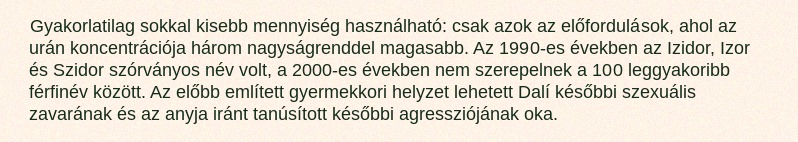
Gyakorlatilag sokkal kisebb mennyiség használható: csak azok az előfordulások, ahol az urán koncentrációja három nagyságrenddel magasabb. Az 1990-es években az Izidor, Izor és Szidor szórványos név volt, a 2000-es években nem szerepelnek a 100 leggyakoribb férfinév között. Az előbb említett gyermekkori helyzet lehetett Dalí későbbi szexuális zavarának és az anyja iránt tanúsított későbbi agressziójának oka.